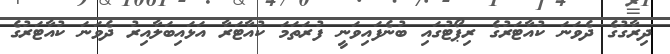
ދިރާގުގެ ދެވަނަ ކުއާޓަރުގެ ރިޕޯޓުގައި ބުނެފައިވަނީ ފުރަތަމަ ކުއާޓަރާ އަޅައިބަލާއިރު ދެވަނަ ކުއާޓަރުގެ